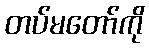
တပ်မတော်ကို